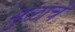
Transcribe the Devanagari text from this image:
सुळाचे